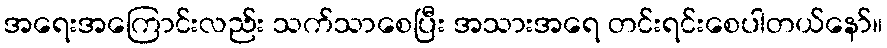
အရေးအကြောင်းလည်း သက်သာစေပြီး အသားအရေ တင်းရင်းစေပါတယ်နော်။